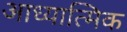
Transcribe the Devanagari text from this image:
आध्‍यात्मिक